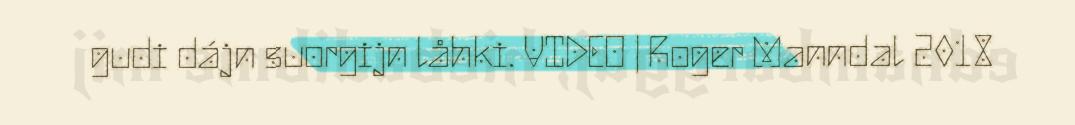
gudi dájn suorgijn låhki. VIDEO | Roger Manndal 2018